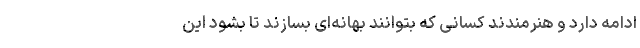
ادامه دارد و هنرمندند کسانی که بتوانند بهانه‌ای بسازند تا بشود این